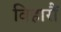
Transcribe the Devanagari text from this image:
विहारौं